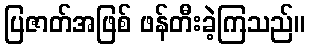
ပြဇာတ်အဖြစ် ဖန်တီးခဲ့ကြသည်။